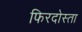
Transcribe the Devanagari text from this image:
फिरदोस्ता